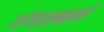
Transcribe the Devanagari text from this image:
गंगास्नानें